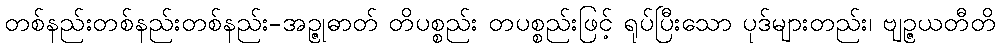
တစ်နည်းတစ်နည်းတစ်နည်း-အဉ္ဇုဓာတ် တိပစ္စည်း တပစ္စည်းဖြင့် ရုပ်ပြီးသော ပုဒ်များတည်း၊ ဗျဉ္ဇယတီတိ